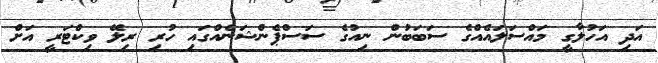
އަދި އަހުލާގީ މައްސަލައެއްގެ ސަބަބުން ނިއުގެ ސަސްޕެންޝަނެއްގައި ހުރި ރިލޭ ވިކްޓަރީ އަށް